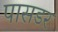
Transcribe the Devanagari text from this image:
पासडर